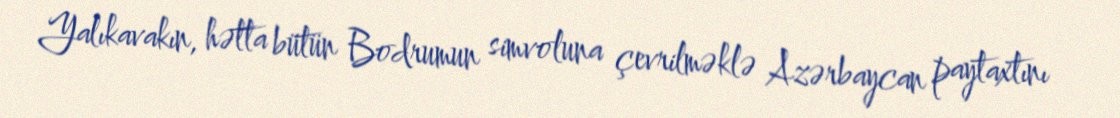
Yalıkavakın, hətta bütün Bodrumun simvoluna çevrilməklə Azərbaycan paytaxtını